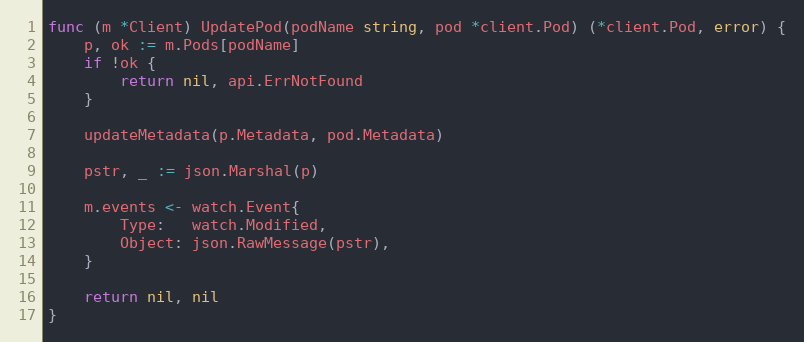
Language: Go
func (m *Client) UpdatePod(podName string, pod *client.Pod) (*client.Pod, error) {
	p, ok := m.Pods[podName]
	if !ok {
		return nil, api.ErrNotFound
	}

	updateMetadata(p.Metadata, pod.Metadata)

	pstr, _ := json.Marshal(p)

	m.events <- watch.Event{
		Type:   watch.Modified,
		Object: json.RawMessage(pstr),
	}

	return nil, nil
}